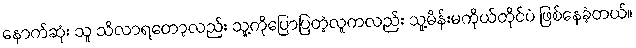
နောက်ဆုံး သူ သိလာရတော့လည်း သူ့ကိုပြောပြတဲ့လူကလည်း သူ့မိန်းမကိုယ်တိုင်ပဲ ဖြစ်နေခဲ့တယ်။